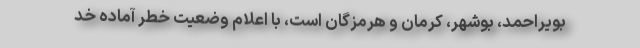
بویراحمد، بوشهر، کرمان و هرمزگان است، با اعلام وضعیت خطر آماده خد